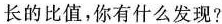
长的比值，你有什么发现?